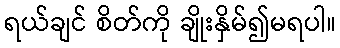
ရယ်ချင် စိတ်ကို ချိုးနှိမ်၍မရပါ။